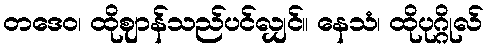
တဒေဝ၊ ထိုဈာန်သည်ပင်လျှင်။ နေသံ၊ ထိုပုဂ္ဂိုလ်